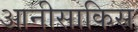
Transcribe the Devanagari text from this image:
आनीसाकिस